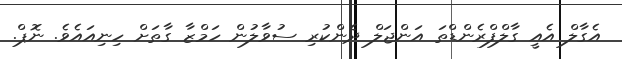
އެގާލް އެއީ ގާލްފްރެންޑްތަ އަންޖަލް ދެންކުރި ސުވާލުން ހަމްޒާ ގާތަށް ހިނިއައެވެ. ނޮޕް.